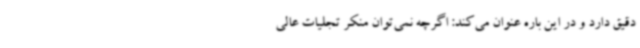
دقیق دارد و در این باره عنوان می‌کند: اگرچه نمی‌توان منکر تجلیات عالی